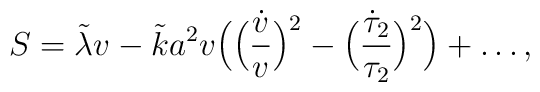
S=\tilde\lambda v-\tilde k a^2v\Bigl(  \Bigl(\frac{\dot v}{v}\Bigr)^2-\Bigl(\frac{\dot \tau_2}{\tau_2}\Bigr)^2 \Bigr)+\dots,